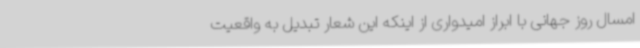
امسال روز جهانی با ابراز امیدواری از اینکه این شعار تبدیل به واقعیت